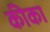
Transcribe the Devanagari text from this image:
कीका